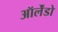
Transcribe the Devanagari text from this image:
ऑर्लेंडो